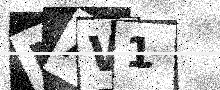
Text: NAW1